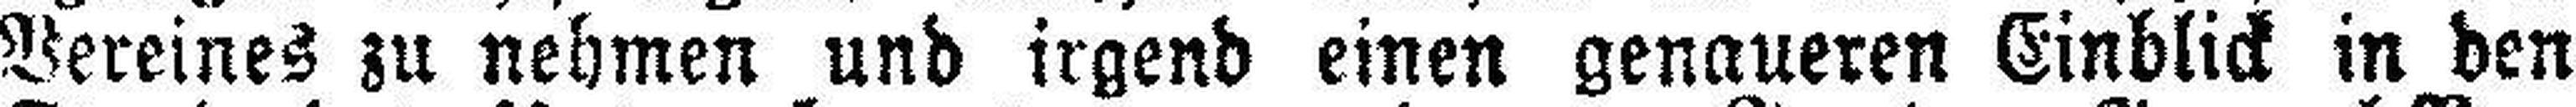
Vereines zu nehmen und irgend einen genaueren Einblick in den